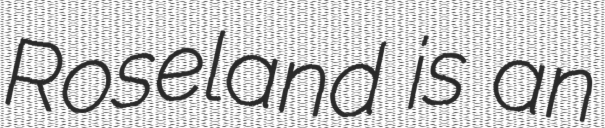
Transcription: Roseland is an